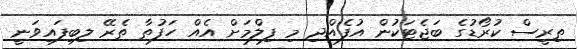
ތިރީސް ކުރޯޑުގެ ބަޖެޓަކުން އުފެއްދި މި ފިލްމަށް އެއް ހަފުތާ ތެރޭ ލިބިފައިވަނީ